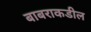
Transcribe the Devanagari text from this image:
बाबराकडील